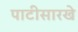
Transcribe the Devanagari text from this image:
पाटीसारखे